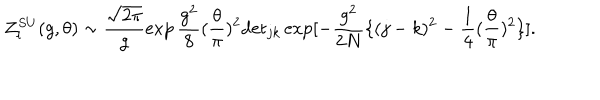
Z _ { l } ^ { S U } ( g , \theta ) \sim \frac { \sqrt { 2 \pi } } { g } \exp \frac { g ^ { 2 } } { 8 } ( \frac { \theta } { \pi } ) ^ { 2 } \mathrm { d e t } _ { j k } \exp [ - \frac { g ^ { 2 } } { 2 N } \{ ( j - k ) ^ { 2 } - \frac { 1 } { 4 } ( \frac { \theta } { \pi } ) ^ { 2 } \} ] .